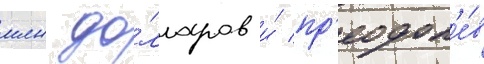
млн до́лларов и́ пр'еодол'е́в